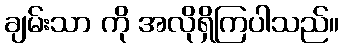
ချမ်းသာ ကို အလိုရှိကြပါသည်။